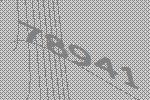
78941